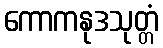
ကောကနုဒသုတ္တံ